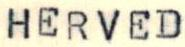
HERVED